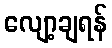
လျော့ချရန်